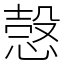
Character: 愨